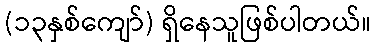
(၁၃နှစ်ကျော်) ရှိနေသူဖြစ်ပါတယ်။